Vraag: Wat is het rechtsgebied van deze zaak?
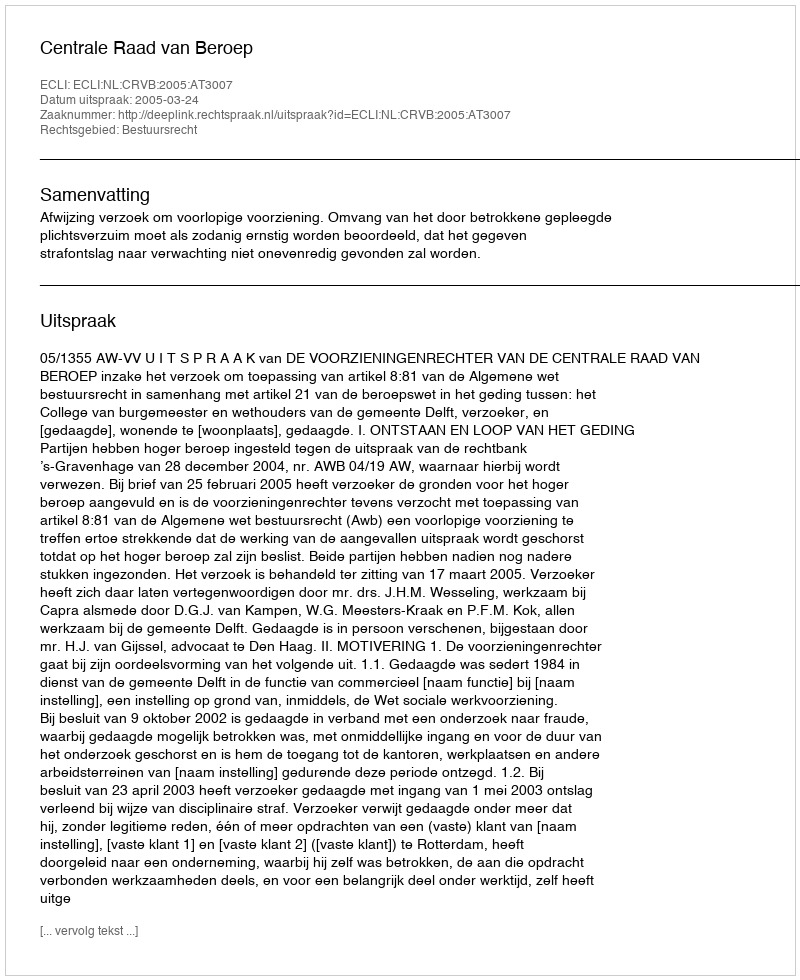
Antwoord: Bestuursrecht